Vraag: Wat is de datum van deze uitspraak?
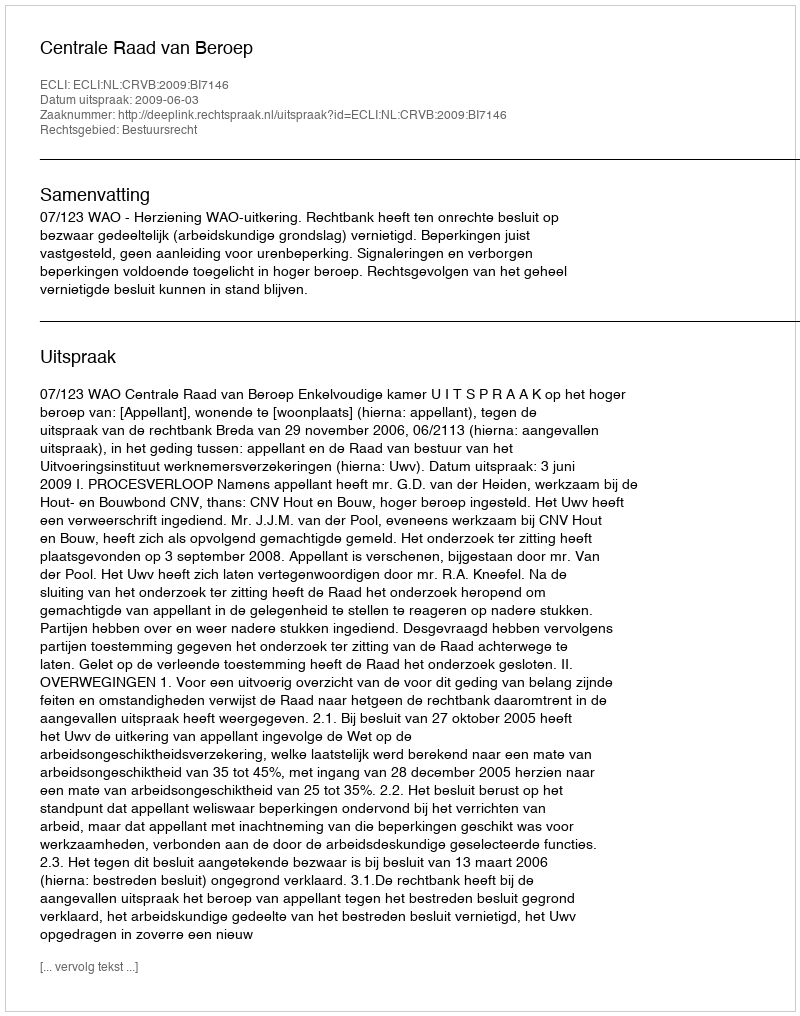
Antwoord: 2009-06-03